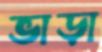
ভাড়া